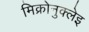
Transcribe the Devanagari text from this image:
मिक्रोनुक्लेइ